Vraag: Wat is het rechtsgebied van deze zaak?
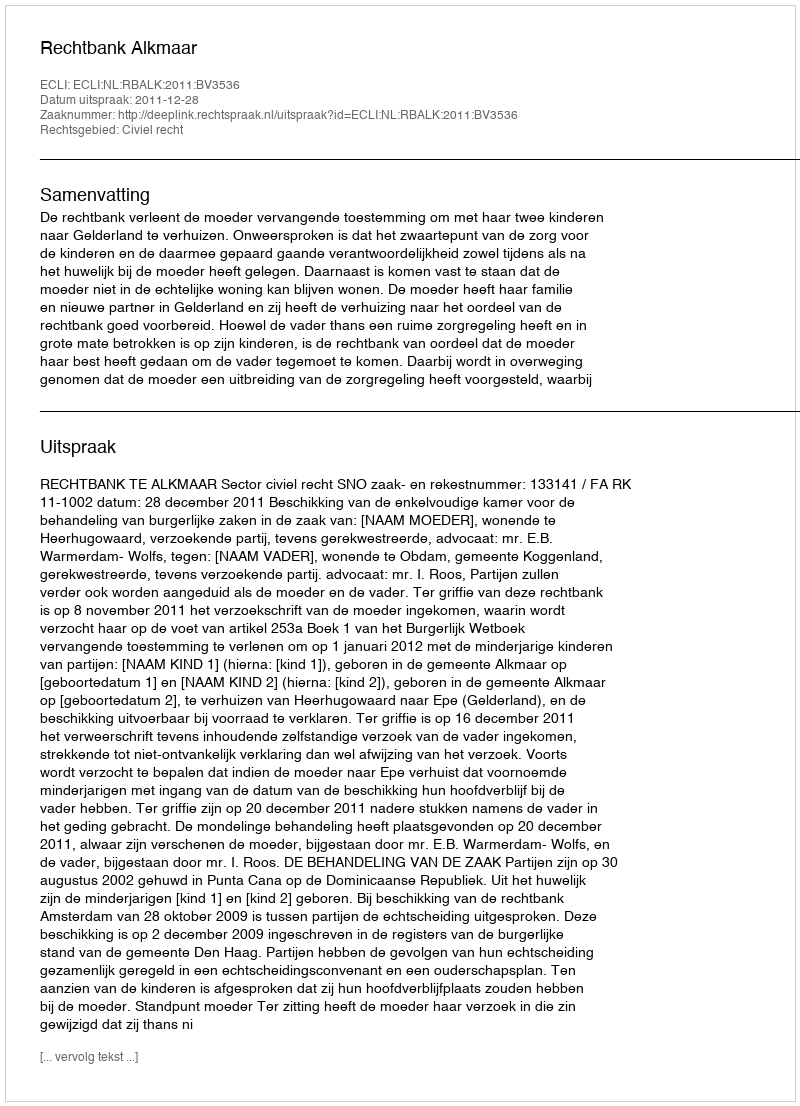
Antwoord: Civiel recht